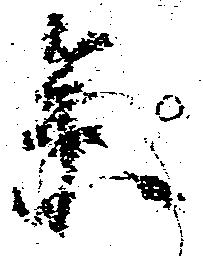
参